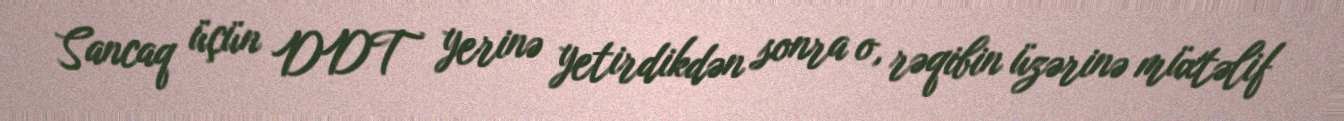
Sancaq üçün DDT yerinə yetirdikdən sonra o, rəqibin üzərinə müxtəlif